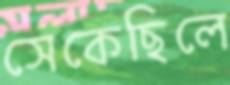
সেকেছিলে